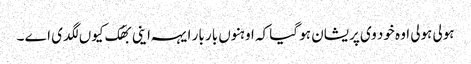
ہولی ہولی اوہ خود وی پریشان ہو گیا کہ اوہنوں بار بار ایہہ اینی بھُک کیوں لگدی اے ۔